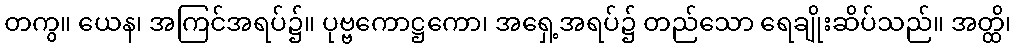
တကွ။ ယေန၊ အကြင်အရပ်၌။ ပုဗ္ဗကောဋ္ဌကော၊ အရှေ့အရပ်၌ တည်သော ရေချိုးဆိပ်သည်။ အတ္ထိ၊